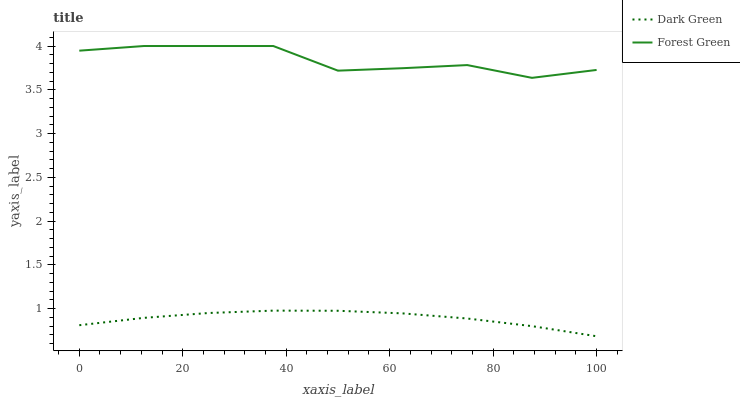
| xaxis_label | Dark Green | Forest Green |
 | --- | --- | --- |
 | 0 | 0.81 | 3.95 |
 | 12.5 | 0.894 | 4 |
 | 25 | 0.95 | 4 |
 | 37.5 | 0.977 | 4 |
 | 50 | 0.975 | 3.72 |
 | 62.5 | 0.945 | 3.75 |
 | 75 | 0.887 | 3.78 |
 | 87.5 | 0.8 | 3.64 |
 | 100 | 0.684 | 3.73 |